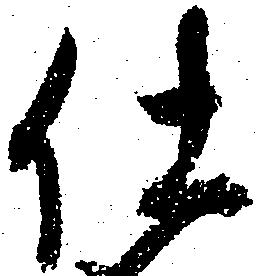
仕